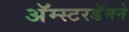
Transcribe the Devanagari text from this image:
अॅम्स्टरडॅमने